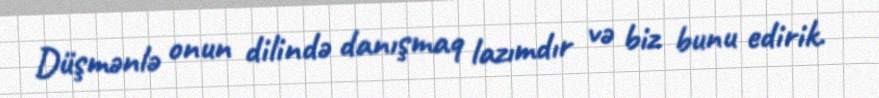
Düşmənlə onun dilində danışmaq lazımdır və biz bunu edirik.